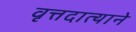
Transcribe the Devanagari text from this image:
वृत्तदात्याने